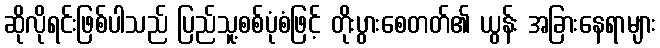
ဆိုလိုရင်းဖြစ်ပါသည် ပြည်သူ့စစ်ပုံစံဖြင့် တိုးပွားစေတတ်၏ ယွန်း အခြားနေရာများ